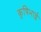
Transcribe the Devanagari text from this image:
कृषिभाई